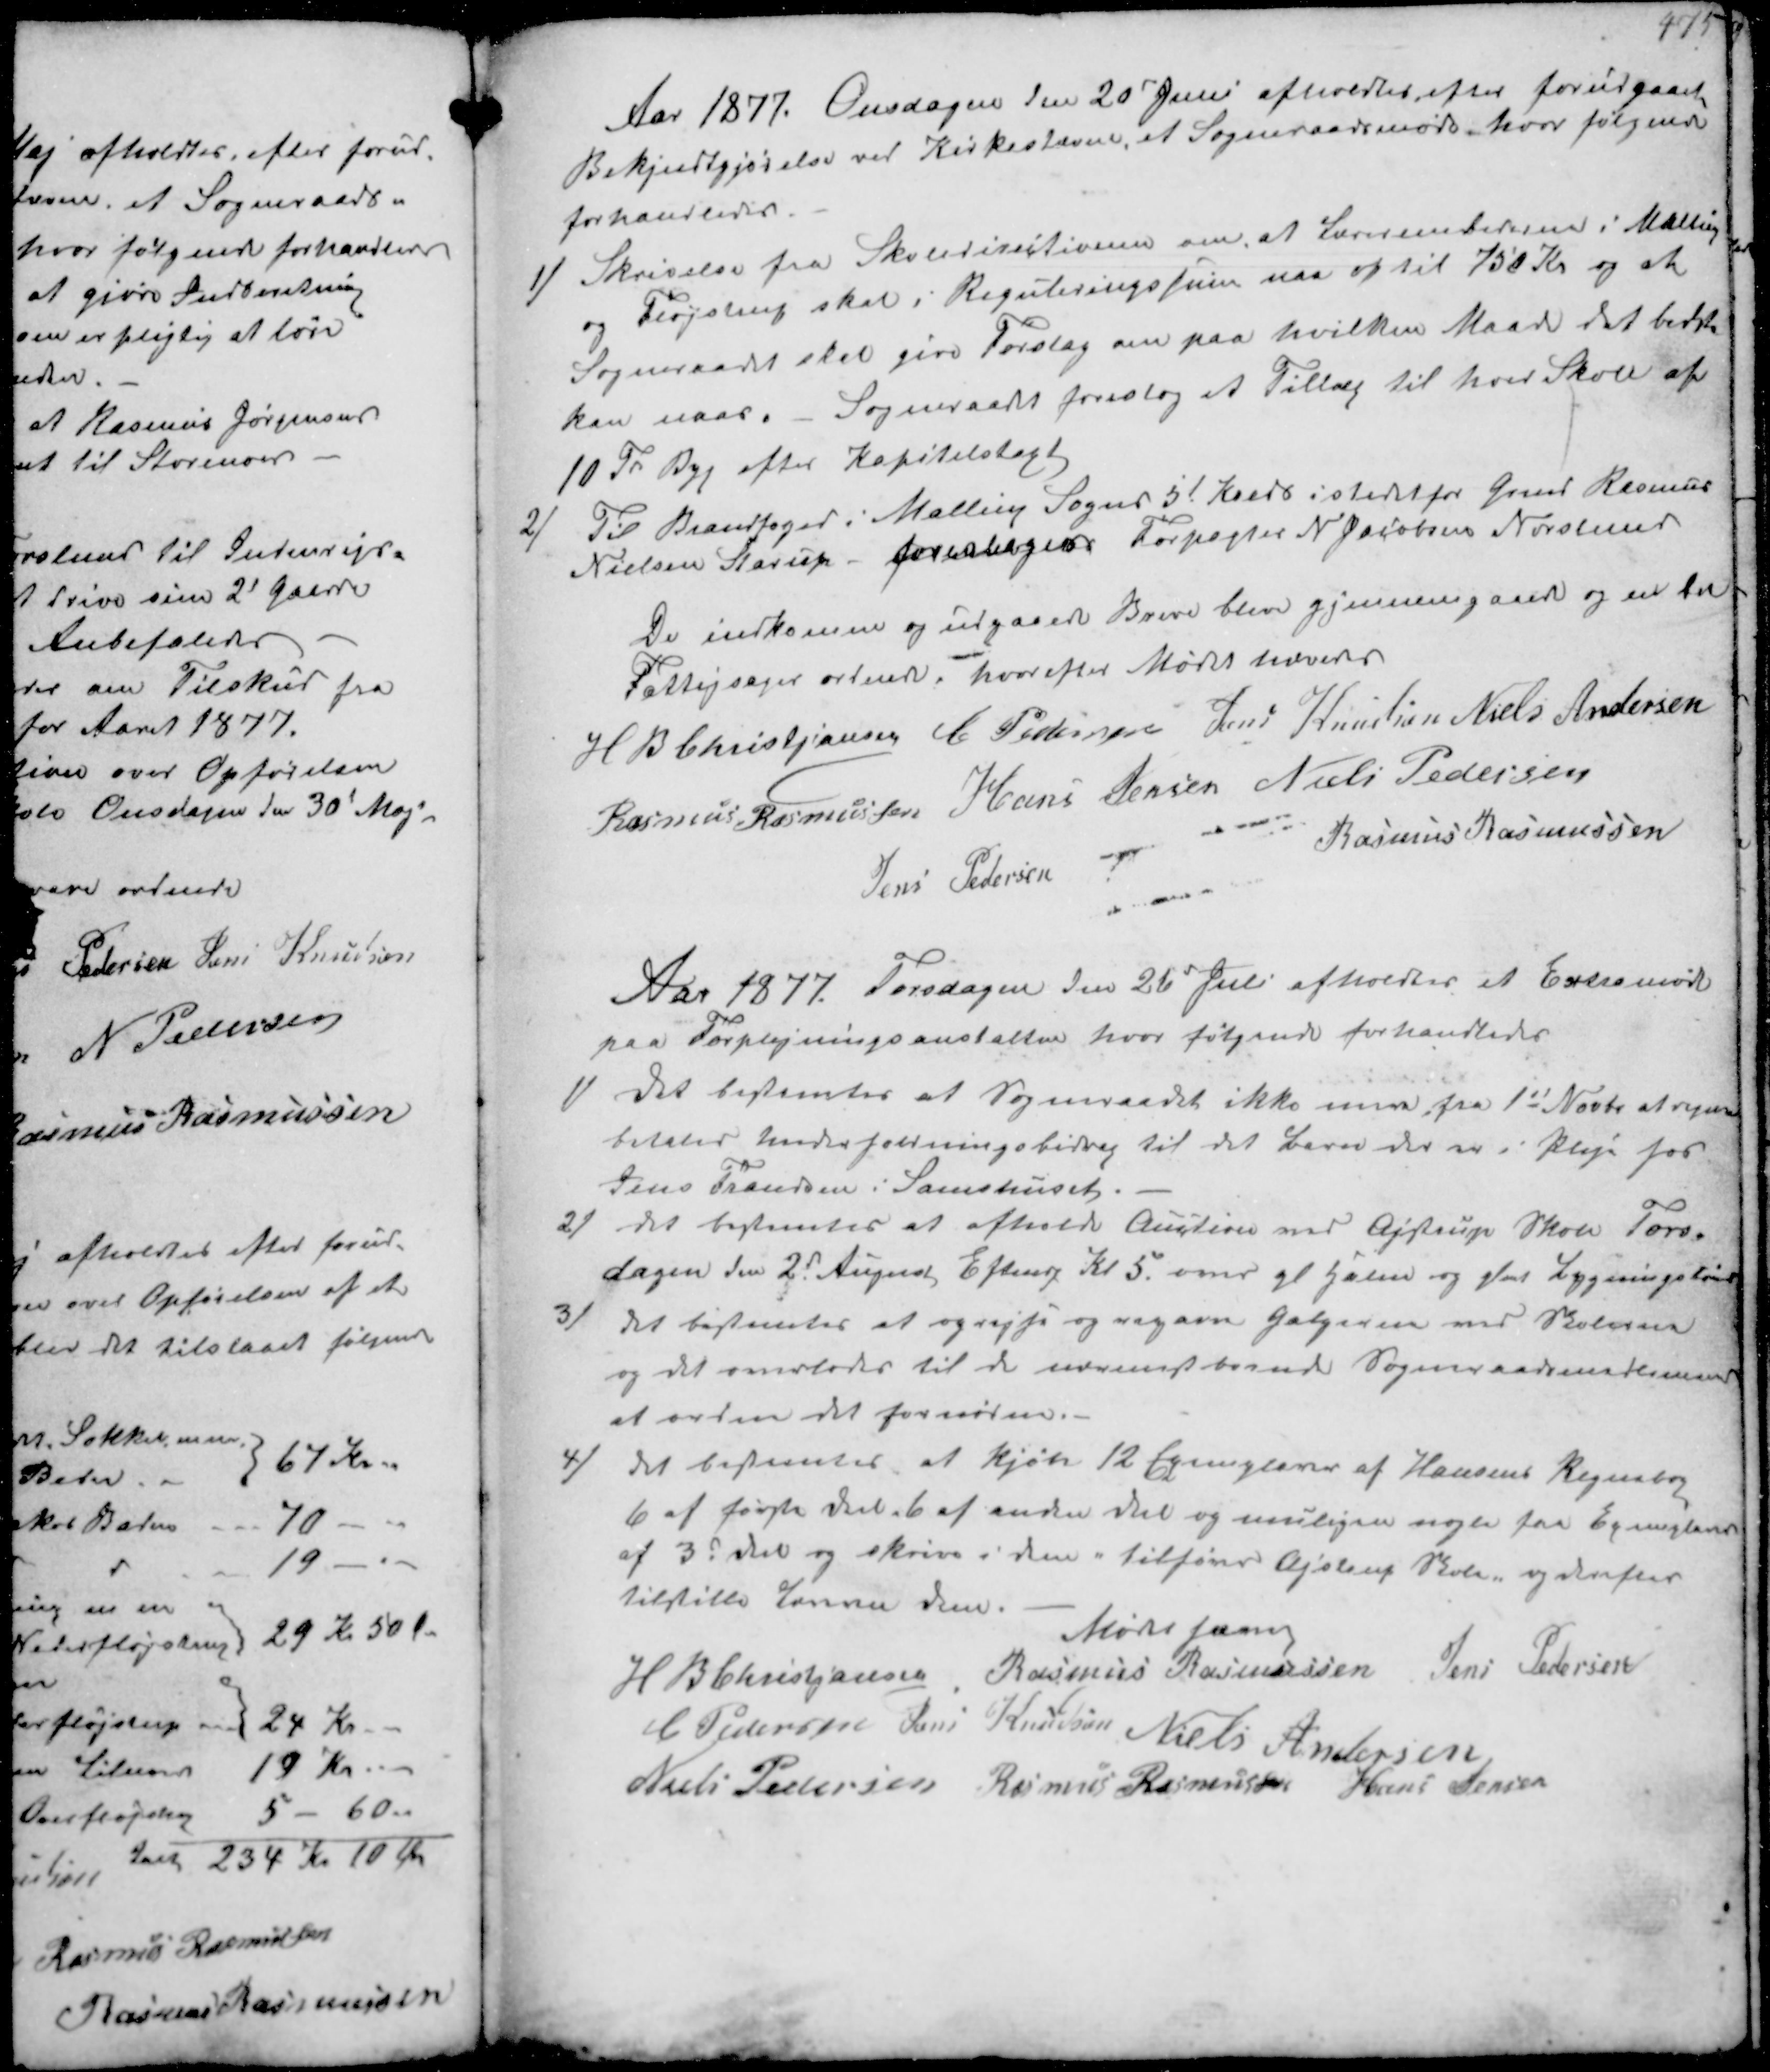
Transskription:
Aar 1877 Onsdagen den 20' Juni afholdtes efter forudgaaet
Bekjendtgjørelse ved Kirkestævne, at Sogneraadsmøde hvor følgende
forhandledes
1/
Skrivelse fra Skoledirectionen om at lærerembedet i Malling
og Fløjstrup skal i Reguleringen naa op til 150 Kr og at
Sogneraadet skal give Forslag om paa hvilken Maade det bedst
kan naas Sogneraadet foreslog et Tillæg til hver Skole af
10 Td Byg efter Kapitelstaxt
2/
Til Brandfoged i Malling Sogns 5' Kreds i stedet for Gmd Rasmus
Nielsen Starup foresloges Forpagter N Jacobsen Norslund

De indkomne og udgaaede Breve bleve gjennemgaaede og en del
Fattigsager ordnede, hvorefter Mødet hævedes
H B Christjansen C Pedersen Jens Knudsen Niels Andersen
Rasmus Rasmussen Hans Jensen Niels Pedersen
Jens Pedersen
Rasmus Rasmussen

Aar 1877 Torsdagen den 26' Juli afholdtes et Extramøde
paa Forplejningsanstalten hvor følgende forhandledes
1/
det bestemtes at Sogneraadet ikke mere fra 1st Novbr at regne
betaler Underholdningsbidrag til det Barn der er i pleje hos
Jens Frandsen i Samshuset.
2/
det bestemtes at afholde Auktion i Astrup Skole Tors-
dagen den 2' August Eftmg Kl 5 om gl. Halm og glemt Bygningstømr
3/
det bestemtes at oprejse og  Galgerne ved Skolerne
og det overlodes til de nærmestboende Sogneraadsmedlemmer
at ordne det fornødne.
4/
at bestemtes at Kjøbe 12 Exemplarer af Hansens Regnebog
6 af første del 6 af anden del og muligvis nogle faa Exemplarer
af 3d del og skrive i dem "tilhører Ajstrup Skole og derefter
tilstille Samme dem.
Mødet færdig
H B Christjansen Rasmus Rasmussen Jens Pedersen
C. Pedersen Jens Knudsen Niels Andersen
Niels Pedersen Rasmus Rasmussen Hans Jensen